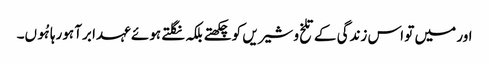
اور میں تو اس زندگی کے تلخ و شیریں کو چکھتے بلکہ نگلتے ہوئے عہدا برآ ہورہا ہُوں۔